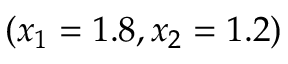
( x _ { 1 } = 1 . 8 , x _ { 2 } = 1 . 2 )